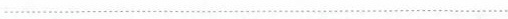
…………